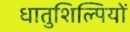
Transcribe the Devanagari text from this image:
धातुशिल्पियों